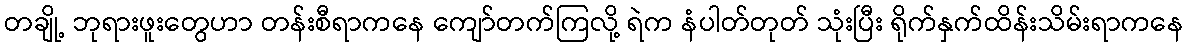
တချို့ ဘုရားဖူးတွေဟာ တန်းစီရာကနေ ကျော်တက်ကြလို့ ရဲက နံပါတ်တုတ် သုံးပြီး ရိုက်နှက်ထိန်းသိမ်းရာကနေ